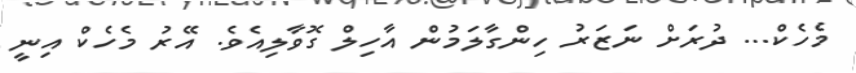
މެހެކް... ދުރަށް ނަޒަރު ހިންގާލަމުން އާހިލް ގޮވާލިއެވެ. އޭރު މެހެކް އިނީ